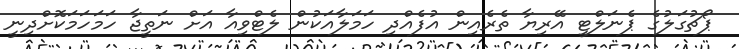
ޕޯޗުގަލުގެ ޕެނަލްޓީ އޭރިޔާ ތެރެއިން އުފެއްދި ހަމަލާއަކުން ލެޓްވިއާ އަށް ނަތީޖާ ހަމަހަމަކޮށްދިނީ